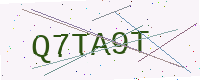
Text: Q7TA9T